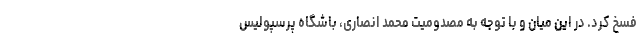
فسخ کرد. در این میان و با توجه به مصدومیت محمد انصاری، باشگاه پرسپولیس